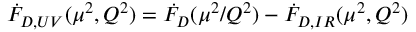
\dot { { \cal F } } _ { D , U V } ( \mu ^ { 2 } , Q ^ { 2 } ) = \dot { { \cal F } } _ { D } ( \mu ^ { 2 } / Q ^ { 2 } ) - \dot { { \cal F } } _ { D , I R } ( \mu ^ { 2 } , Q ^ { 2 } )